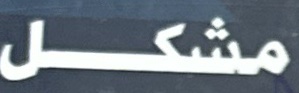
مشكل